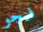
فيجو